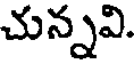
చున్నవి.